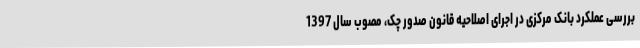
بررسی عملکرد بانک مرکزی در اجرای اصلاحیه قانون صدور چک، مصوب سال 1397